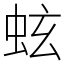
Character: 蚿